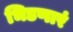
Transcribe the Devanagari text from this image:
भिडणारं